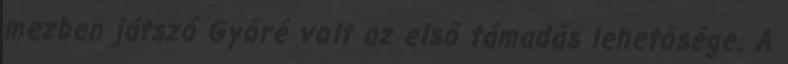
mezben játszó Győré volt az első támadás lehetősége. A